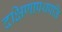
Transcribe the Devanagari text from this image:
दक्षिणापथपति